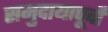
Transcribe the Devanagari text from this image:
समुदायापूर्वों